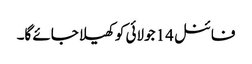
فائنل 14 جولائی کو کھیلا جائے گا۔